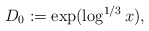
\begin{align*}D_0:=\exp(\log^{1/3} x),\end{align*}